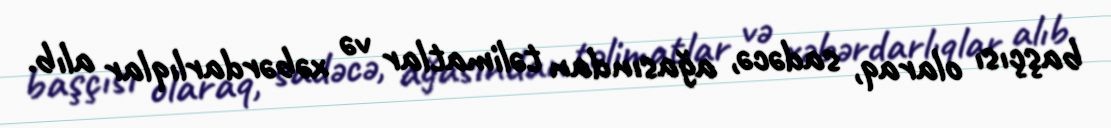
başçısı olaraq, sadəcə, ağasından təlimatlar və xəbərdarlıqlar alıb.